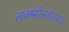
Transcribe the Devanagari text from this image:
लक्ष्मीसहोदराय